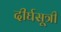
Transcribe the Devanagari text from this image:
दीर्घसूत्री